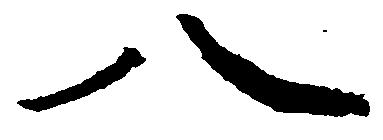
八